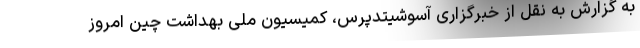
به گزارش به نقل از خبرگزاری آسوشیتدپرس، کمیسیون ملی بهداشت چین امروز